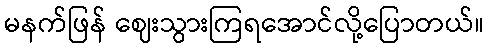
မနက်ဖြန် ဈေးသွားကြရအောင်လို့ပြောတယ်။